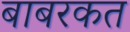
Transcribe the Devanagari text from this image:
बाबरकत